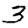
Digit: 3